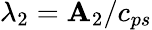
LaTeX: \lambda_{2}=\mathbf{A}_{2}/c_{ps}